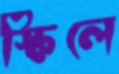
স্কিলে